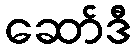
ဆော်ဒီ